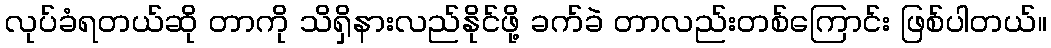
လုပ်ခံရတယ်ဆို တာကို သိရှိနားလည်နိုင်ဖို့ ခက်ခဲ တာလည်းတစ်ကြောင်း ဖြစ်ပါတယ်။